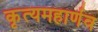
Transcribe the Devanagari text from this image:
कृत्यमहार्णव